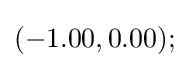
(-1.00,0.00);